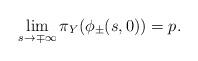
LaTeX: \begin{align*}\lim_{s\to \mp \infty}\pi_Y(\phi_\pm(s,0)) = p.\end{align*}